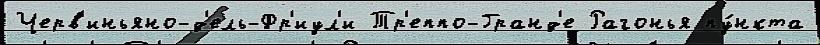
Черв'иньяно-д'ель-Фр'иул'и Тр'еппо-Гранд'е Рагонья пу́нкта